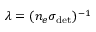
\lambda = ( n _ { e } \sigma _ { \mathrm { d e t } } ) ^ { - 1 }